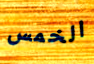
الخمس